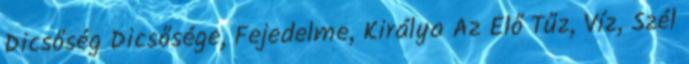
Dicsőség Dicsősége, Fejedelme, Királya Az Élő Tűz, Víz, Szél